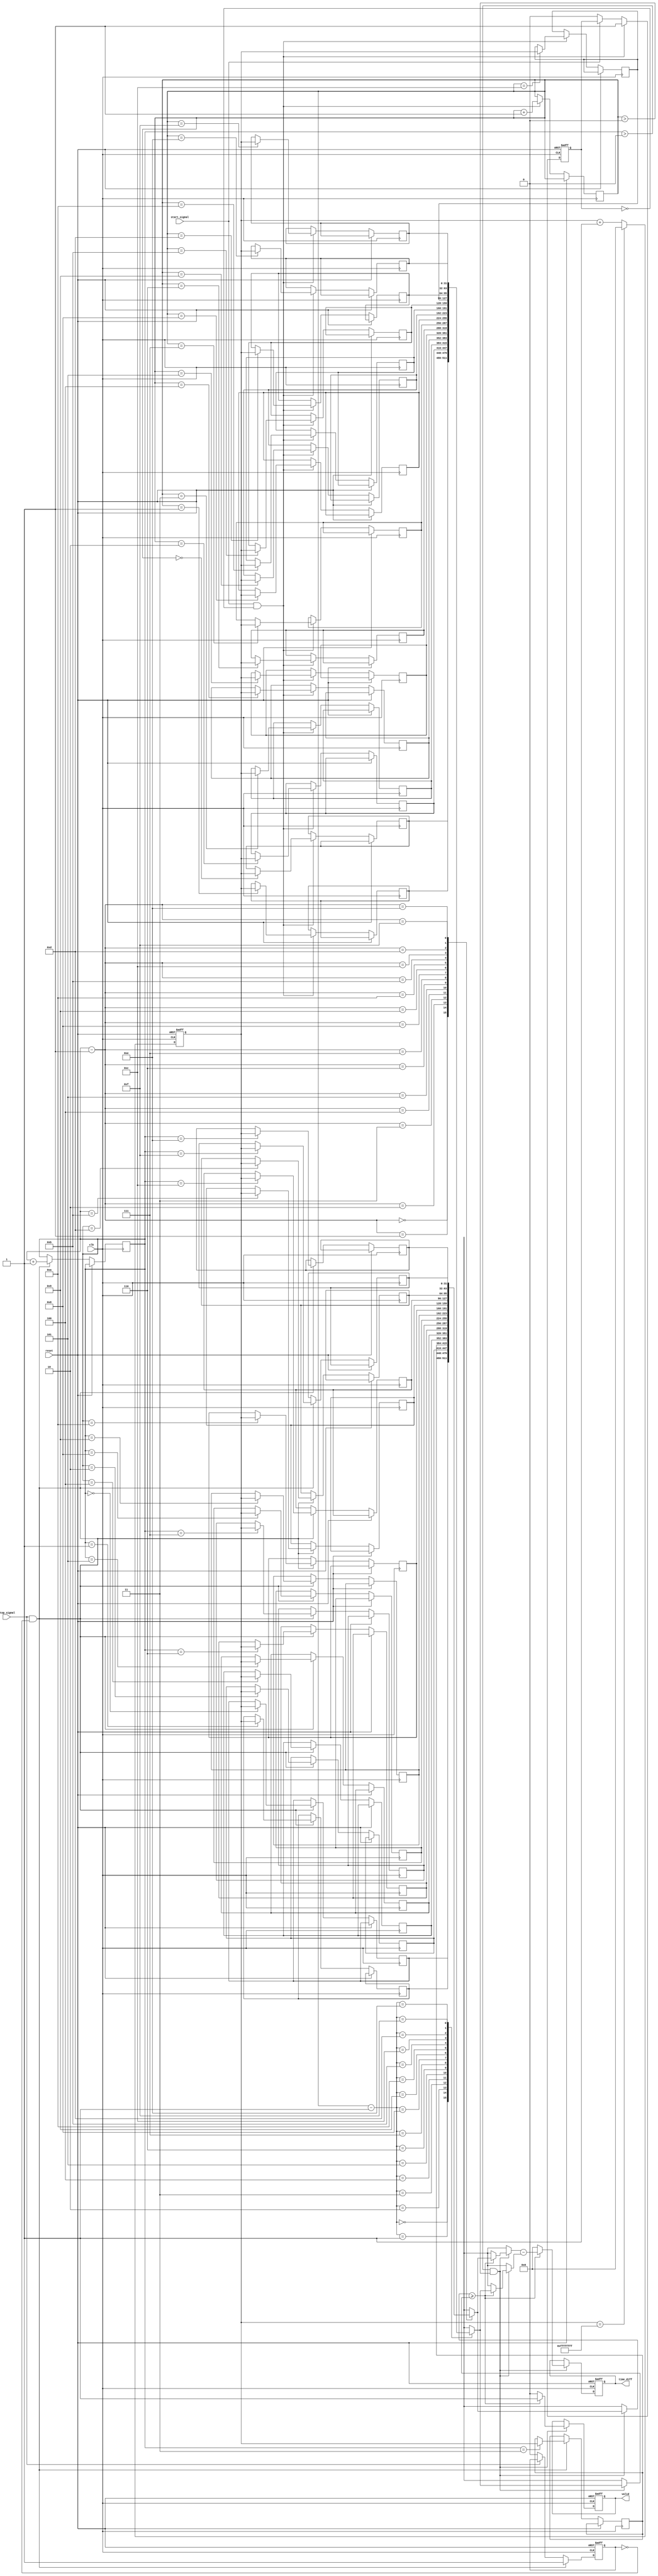
module TDC (
    input wire clk,           // High-frequency clock
    input wire reset,         // Asynchronous reset
    input wire start_signal,  // START event signal
    input wire stop_signal,   // STOP event signal
    output reg [31:0] time_diff, // Time difference output
    output reg valid          // Valid output flag
);

    // Parameters
    parameter MEM_DEPTH = 16; // Depth of memory for timestamps
    parameter MAX_COUNT = 32'hFFFFFFFF; // Maximum count value

    // Internal signals
    reg [31:0] start_time [0:MEM_DEPTH-1]; // Memory for START timestamps
    reg [31:0] stop_time [0:MEM_DEPTH-1];  // Memory for STOP timestamps
    reg [3:0] start_index; // Index for storing START timestamps
    reg [3:0] stop_index;  // Index for storing STOP timestamps
    reg [31:0] clock_count; // Current clock count
    reg start_detected;     // Flag for START detection
    reg stop_detected;      // Flag for STOP detection

    // Clock counter
    always @(posedge clk or posedge reset) begin
        if (reset) begin
            clock_count <= 32'b0;
        end else begin
            clock_count <= clock_count + 1;
            if (clock_count == MAX_COUNT) begin
                clock_count <= 32'b0; // Wrap around
            end
        end
    end

    // Edge detection for START signal
    always @(posedge clk or posedge reset) begin
        if (reset) begin
            start_detected <= 1'b0;
        end else begin
            if (start_signal && !start_detected) begin
                start_detected <= 1'b1;
                start_time[start_index] <= clock_count; // Store START timestamp
                start_index <= start_index + 1; // Increment index
            end else if (!start_signal) begin
                start_detected <= 1'b0; // Reset flag on falling edge
            end
        end
    end

    // Edge detection for STOP signal
    always @(posedge clk or posedge reset) begin
        if (reset) begin
            stop_detected <= 1'b0;
        end else begin
            if (stop_signal && !stop_detected) begin
                stop_detected <= 1'b1;
                stop_time[stop_index] <= clock_count; // Store STOP timestamp
                stop_index <= stop_index + 1; // Increment index
            end else if (!stop_signal) begin
                stop_detected <= 1'b0; // Reset flag on falling edge
            end
        end
    end

    // Time difference calculation
    always @(posedge clk or posedge reset) begin
        if (reset) begin
            time_diff <= 32'b0;
            valid <= 1'b0;
        end else begin
            if (stop_index > 0 && start_index > 0) begin
                // Calculate time difference for the latest START and STOP
                if (stop_time[stop_index - 1] >= start_time[start_index - 1]) begin
                    time_diff <= stop_time[stop_index - 1] - start_time[start_index - 1];
                    valid <= 1'b1; // Mark valid output
                end else begin
                    time_diff <= 32'b0; // Handle wrap-around or invalid case
                    valid <= 1'b0; // Mark invalid output
                end
            end
        end
    end

endmodule